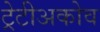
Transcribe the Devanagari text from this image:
ट्रेटीअकोव